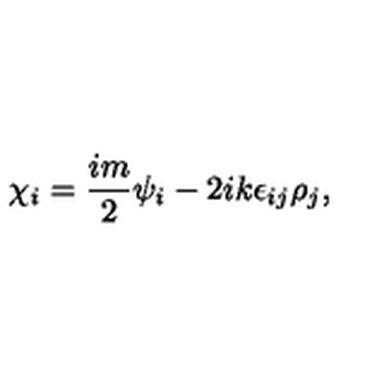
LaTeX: \chi _ { i } = \frac { i m } { 2 } \psi _ { i } - 2 i k \epsilon _ { i j } \rho _ { j } ,